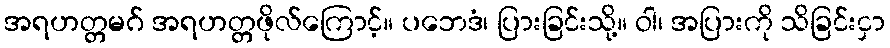
အရဟတ္တမဂ် အရဟတ္တဖိုလ်ကြောင့်။ ပဘေဒံ၊ ပြားခြင်းသို့။ ဝါ၊ အပြားကို သိခြင်းငှာ